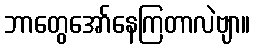
ဘာတွေအော်နေကြတာလဲဗျာ။